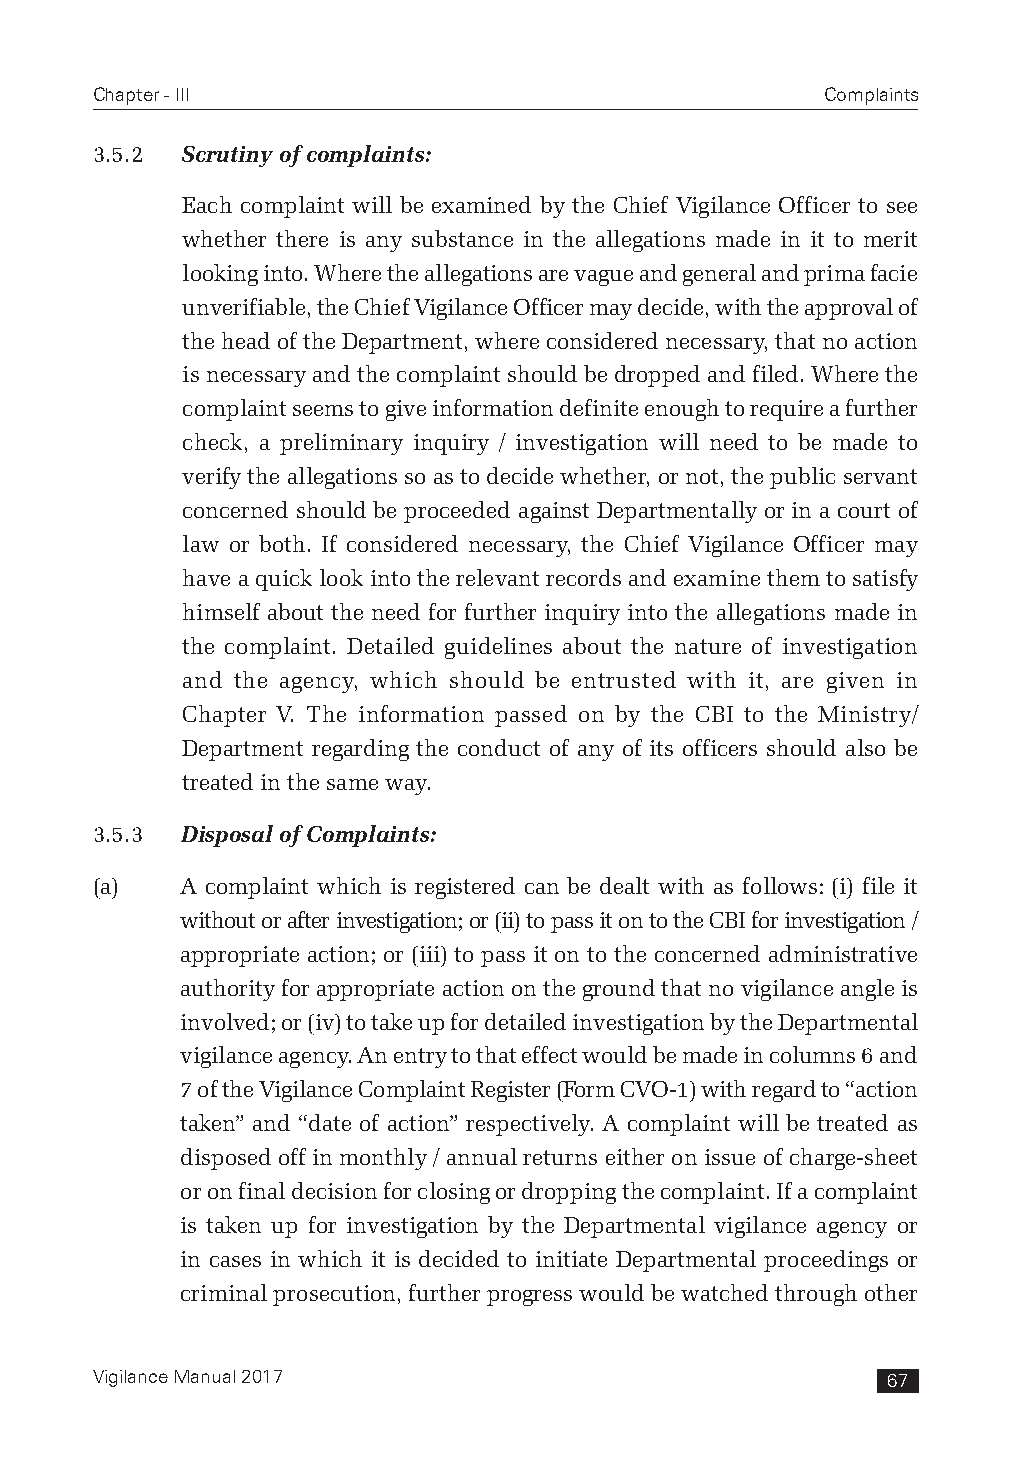
Chapter - III                                    Complaints
 3.5.2 Scrutiny of complaints:
 Each complaint will be examined by the Chief Vigilance Officer to see
 whether there is any substance in the allegations made in it to merit
 looking into. Where the allegations are vague and general and prima facie
 unverifiable, the Chief Vigilance Officer may decide, with the approval of
 the head of the Department, where considered necessary, that no action
 is necessary and the complaint should be dropped and filed. Where the
 complaint seems to give information definite enough to require a further
 check, a preliminary inquiry / investigation will need to be made to
 verify the allegations so as to decide whether, or not, the public servant
 concerned should be proceeded against Departmentally or in a court of
 law or both. If considered necessary, the Chief Vigilance Officer may
 have a quick look into the relevant records and examine them to satisfy
 himself about the need for further inquiry into the allegations made in
 the complaint. Detailed guidelines about the nature of investigation
 and the agency, which should be entrusted with it, are given in
 Chapter V. The information passed on by the CBI to the Ministry/
 Department regarding the conduct of any of its officers should also be
 treated in the same way.
 3.5.3 Disposal of Complaints:
 (a)   A complaint which is registered can be dealt with as follows: (i) file it
 without or after investigation; or (ii) to pass it on to the CBI for investigation /
 appropriate action; or (iii) to pass it on to the concerned administrative
 authority for appropriate action on the ground that no vigilance angle is
 involved; or (iv) to take up for detailed investigation by the Departmental
 vigilance agency. An entry to that effect would be made in columns 6 and
 7 of the Vigilance Complaint Register (Form CVO-1) with regard to “action
 taken” and “date of action” respectively. A complaint will be treated as
 disposed off in monthly / annual returns either on issue of charge-sheet
 or on final decision for closing or dropping the complaint. If a complaint
 is taken up for investigation by the Departmental vigilance agency or
 in cases in which it is decided to initiate Departmental proceedings or
 criminal prosecution, further progress would be watched through other
 Vigilance Manual 2017                                67